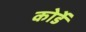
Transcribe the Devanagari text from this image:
कोर्डे